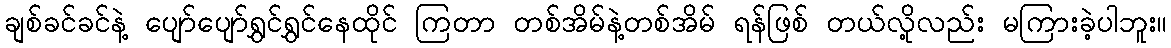
ချစ်ခင်ခင်နဲ့ ပျော်ပျော်ရွှင်ရွှင်နေထိုင် ကြတာ တစ်အိမ်နဲ့တစ်အိမ် ရန်ဖြစ် တယ်လို့လည်း မကြားခဲ့ပါဘူး။